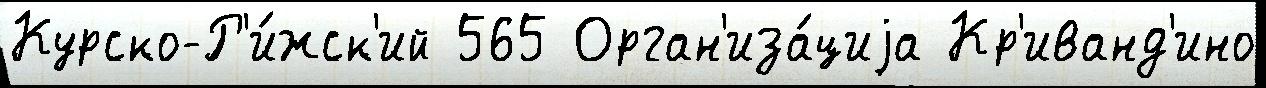
Курско-Р'и́жск'ий 565 Орган'иза́циjа Кр'иванд'ино